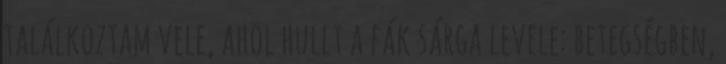
találkoztam vele, ahol hullt a fák sárga levele: betegségben,